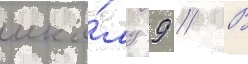
шко́лу 9 // В